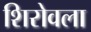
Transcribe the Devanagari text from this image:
शिरोवला